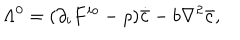
\Lambda ^ { 0 } = ( \partial _ { i } F ^ { i o } - \rho ) \dot { { \bar { c } } } - b \nabla ^ { 2 } { \bar { c } } ,